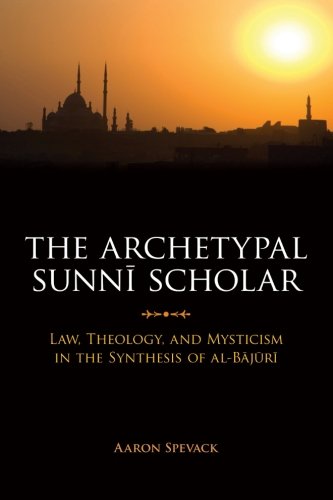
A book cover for The Archetypal Sunni Scholar: Law, Theology, and Mysticism in the Synthesis of al-Bajuri; Aaron Spevack; Religion & Spirituality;